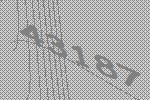
43187